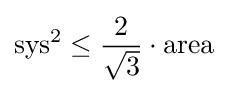
\mathrm {sys} ^{2}\leq {\frac {2}{\sqrt {3}}}\cdot \mathrm {area}